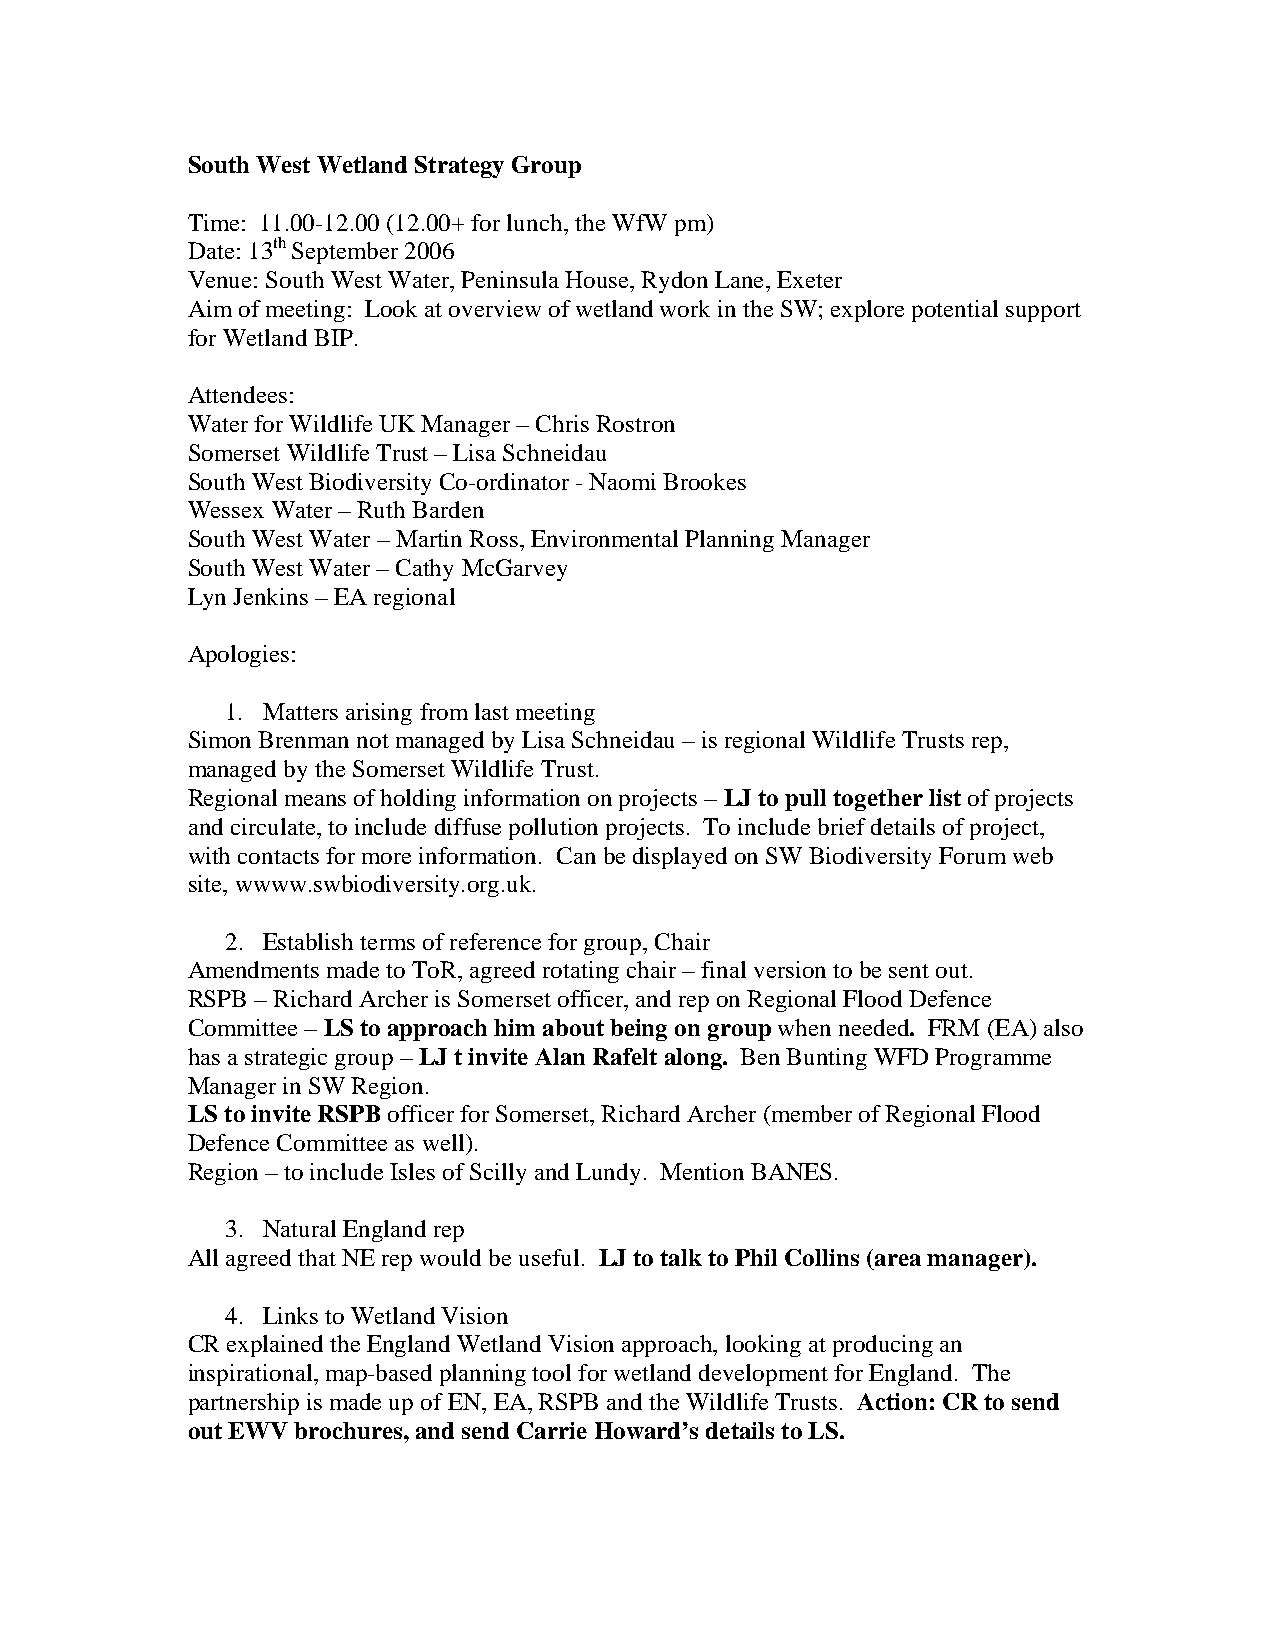
South West Wetland Strategy Group
 Time: 11.00-12.00 (12.00+ for lunch, the WfW pm)
 Date: 13th September 2006
 Venue: South West Water, Peninsula House, Rydon Lane, Exeter
 Aim of meeting: Look at overview of wetland work in the SW; explore potential support
 for Wetland BIP.
 Attendees:
 Water for Wildlife UK Manager – Chris Rostron
 Somerset Wildlife Trust – Lisa Schneidau
 South West Biodiversity Co-ordinator - Naomi Brookes
 Wessex Water – Ruth Barden
 South West Water – Martin Ross, Environmental Planning Manager
 South West Water – Cathy McGarvey
 Lyn Jenkins – EA regional
 Apologies:
 1. Matters arising from last meeting
 Simon Brenman not managed by Lisa Schneidau – is regional Wildlife Trusts rep,
 managed by the Somerset Wildlife Trust.
 Regional means of holding information on projects – LJ to pull together list of projects
 and circulate, to include diffuse pollution projects. To include brief details of project,
 with contacts for more information. Can be displayed on SW Biodiversity Forum web
 site, wwww.swbiodiversity.org.uk.
 2. Establish terms of reference for group, Chair
 Amendments made to ToR, agreed rotating chair – final version to be sent out.
 RSPB – Richard Archer is Somerset officer, and rep on Regional Flood Defence
 Committee – LS to approach him about being on group when needed. FRM (EA) also
 has a strategic group – LJ t invite Alan Rafelt along. Ben Bunting WFD Programme
 Manager in SW Region.
 LS to invite RSPB officer for Somerset, Richard Archer (member of Regional Flood
 Defence Committee as well).
 Region – to include Isles of Scilly and Lundy. Mention BANES.
 3. Natural England rep
 All agreed that NE rep would be useful. LJ to talk to Phil Collins (area manager).
 4. Links to Wetland Vision
 CR explained the England Wetland Vision approach, looking at producing an
 inspirational, map-based planning tool for wetland development for England. The
 partnership is made up of EN, EA, RSPB and the Wildlife Trusts. Action: CR to send
 out EWV brochures, and send Carrie Howard’s details to LS.